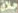
حلاة